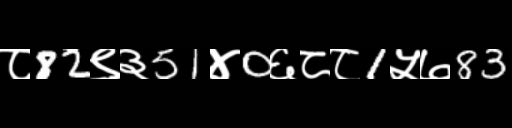
Text: ८82९३51४0६८८1५७83